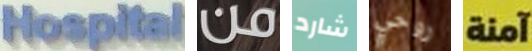
Hospital من شارد روحي آمنة